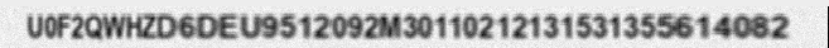
U0F2QWHZD6DEU9512092M30110212131531355614082